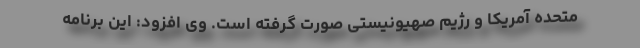
متحده آمریکا و رژیم صهیونیستی صورت گرفته است. وی افزود: این برنامه